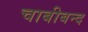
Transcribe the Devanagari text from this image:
चाबीबन्द